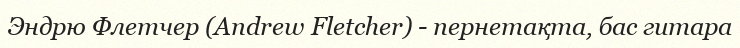
Эндрю Флетчер (Andrew Fletcher) - пернетақта, бас гитара